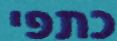
כתפי